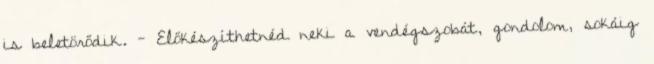
is beletörődik. - Előkészíthetnéd neki a vendégszobát, gondolom, sokáig